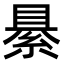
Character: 䋰